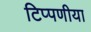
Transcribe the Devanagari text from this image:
टिप्पणीया